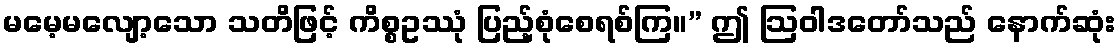
မမေ့မလျော့သော သတိဖြင့် ကိစ္စဥဿုံ ပြည့်စုံစေရစ်ကြ။” ဤ ဩဝါဒတော်သည် နောက်ဆုံး